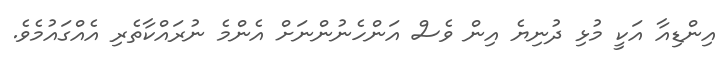
އިންޑިއާ އަކީ މުޅި ދުނިޔެ އިން ވެސް އަންހެނުންނަށް އެންމެ ނުރައްކާތެރި އެއްގައުމެވެ.